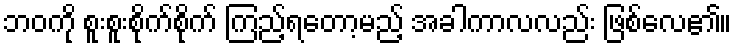
ဘဝကို စူးစူးစိုက်စိုက် ကြည့်ရတော့မည့် အခါကာလလည်း ဖြစ်လေ၏။